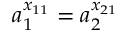
a _ { 1 } ^ { x _ { 1 1 } } = a _ { 2 } ^ { x _ { 2 1 } }